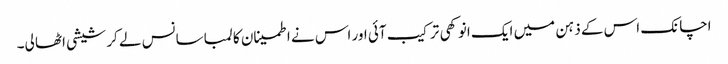
اچانک اس کے ذہن میں ایک انوکھی ترکیب آئی اور اس نے اطمینان کا لمبا سانس لے کر شیشی اٹھا لی۔